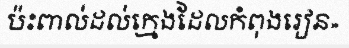
ប៉ះពាល់ដល់ក្មេងដែលកំពុងរៀន»